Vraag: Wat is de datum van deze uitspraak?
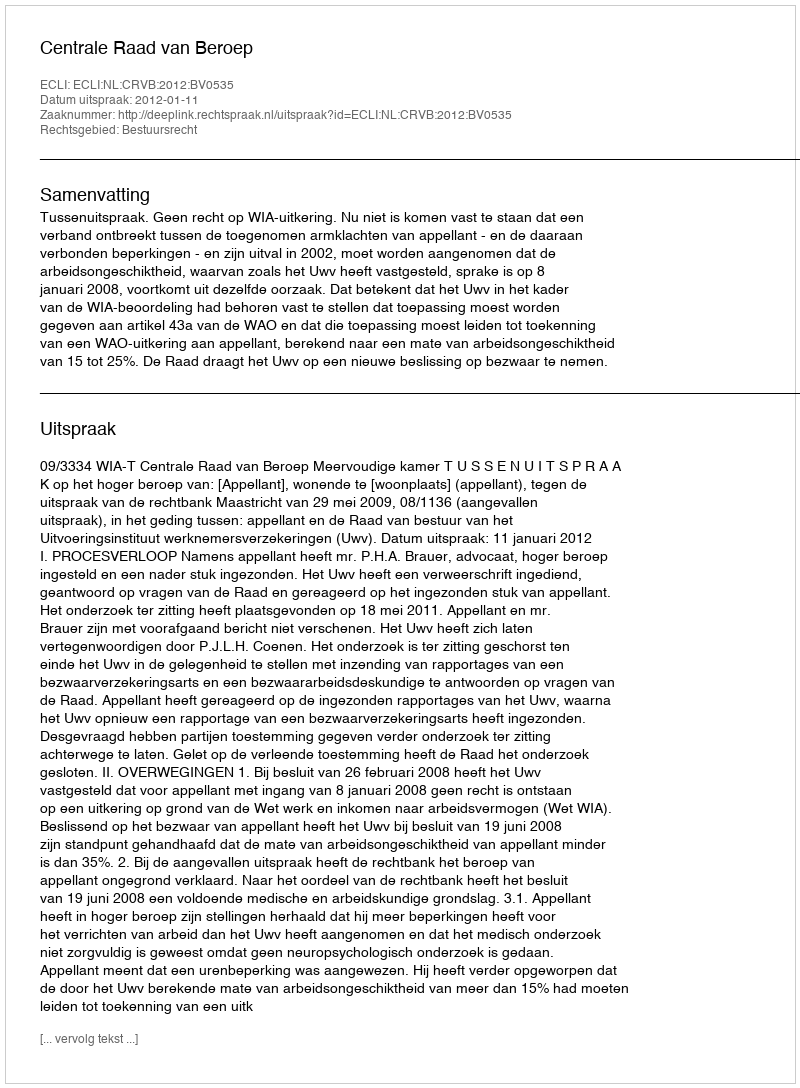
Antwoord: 2012-01-11